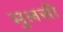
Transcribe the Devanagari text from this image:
मुलसी